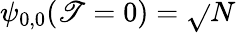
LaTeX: \psi_{0,0}(\mathscr{T}=0)=\sqrt{}{{N}}